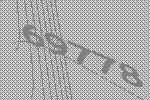
69778